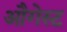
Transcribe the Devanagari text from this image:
औगेस्ट